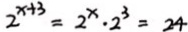
2 ^ { x + 3 } = 2 ^ { x } \cdot 2 ^ { 3 } = 2 4